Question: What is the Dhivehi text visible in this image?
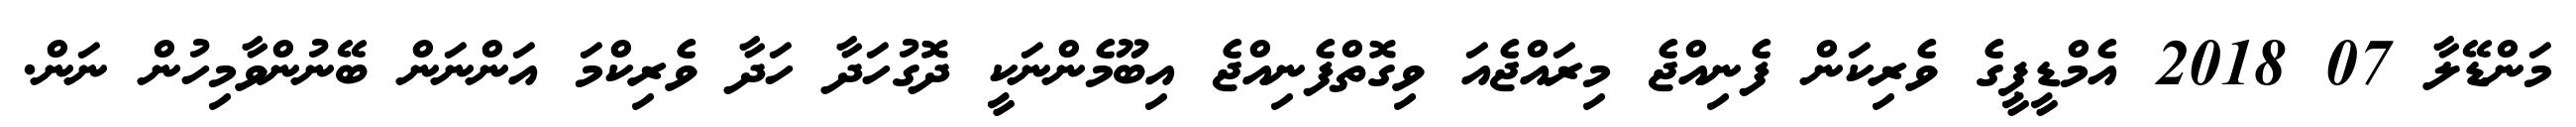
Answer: މަންޑޭލާ 07 2018 އެމްޑީޕީގެ ވެރިކަން ފެނިއްޖެ މިރައްޖެއަ ވިގޮތްފެނިއްޖެ އިބޫމެންނަކީ ދޮގުހަދާ ހަދާ ވެރިކްމަ އަންނަން ބޭނުންވާމިހުން ނަން.